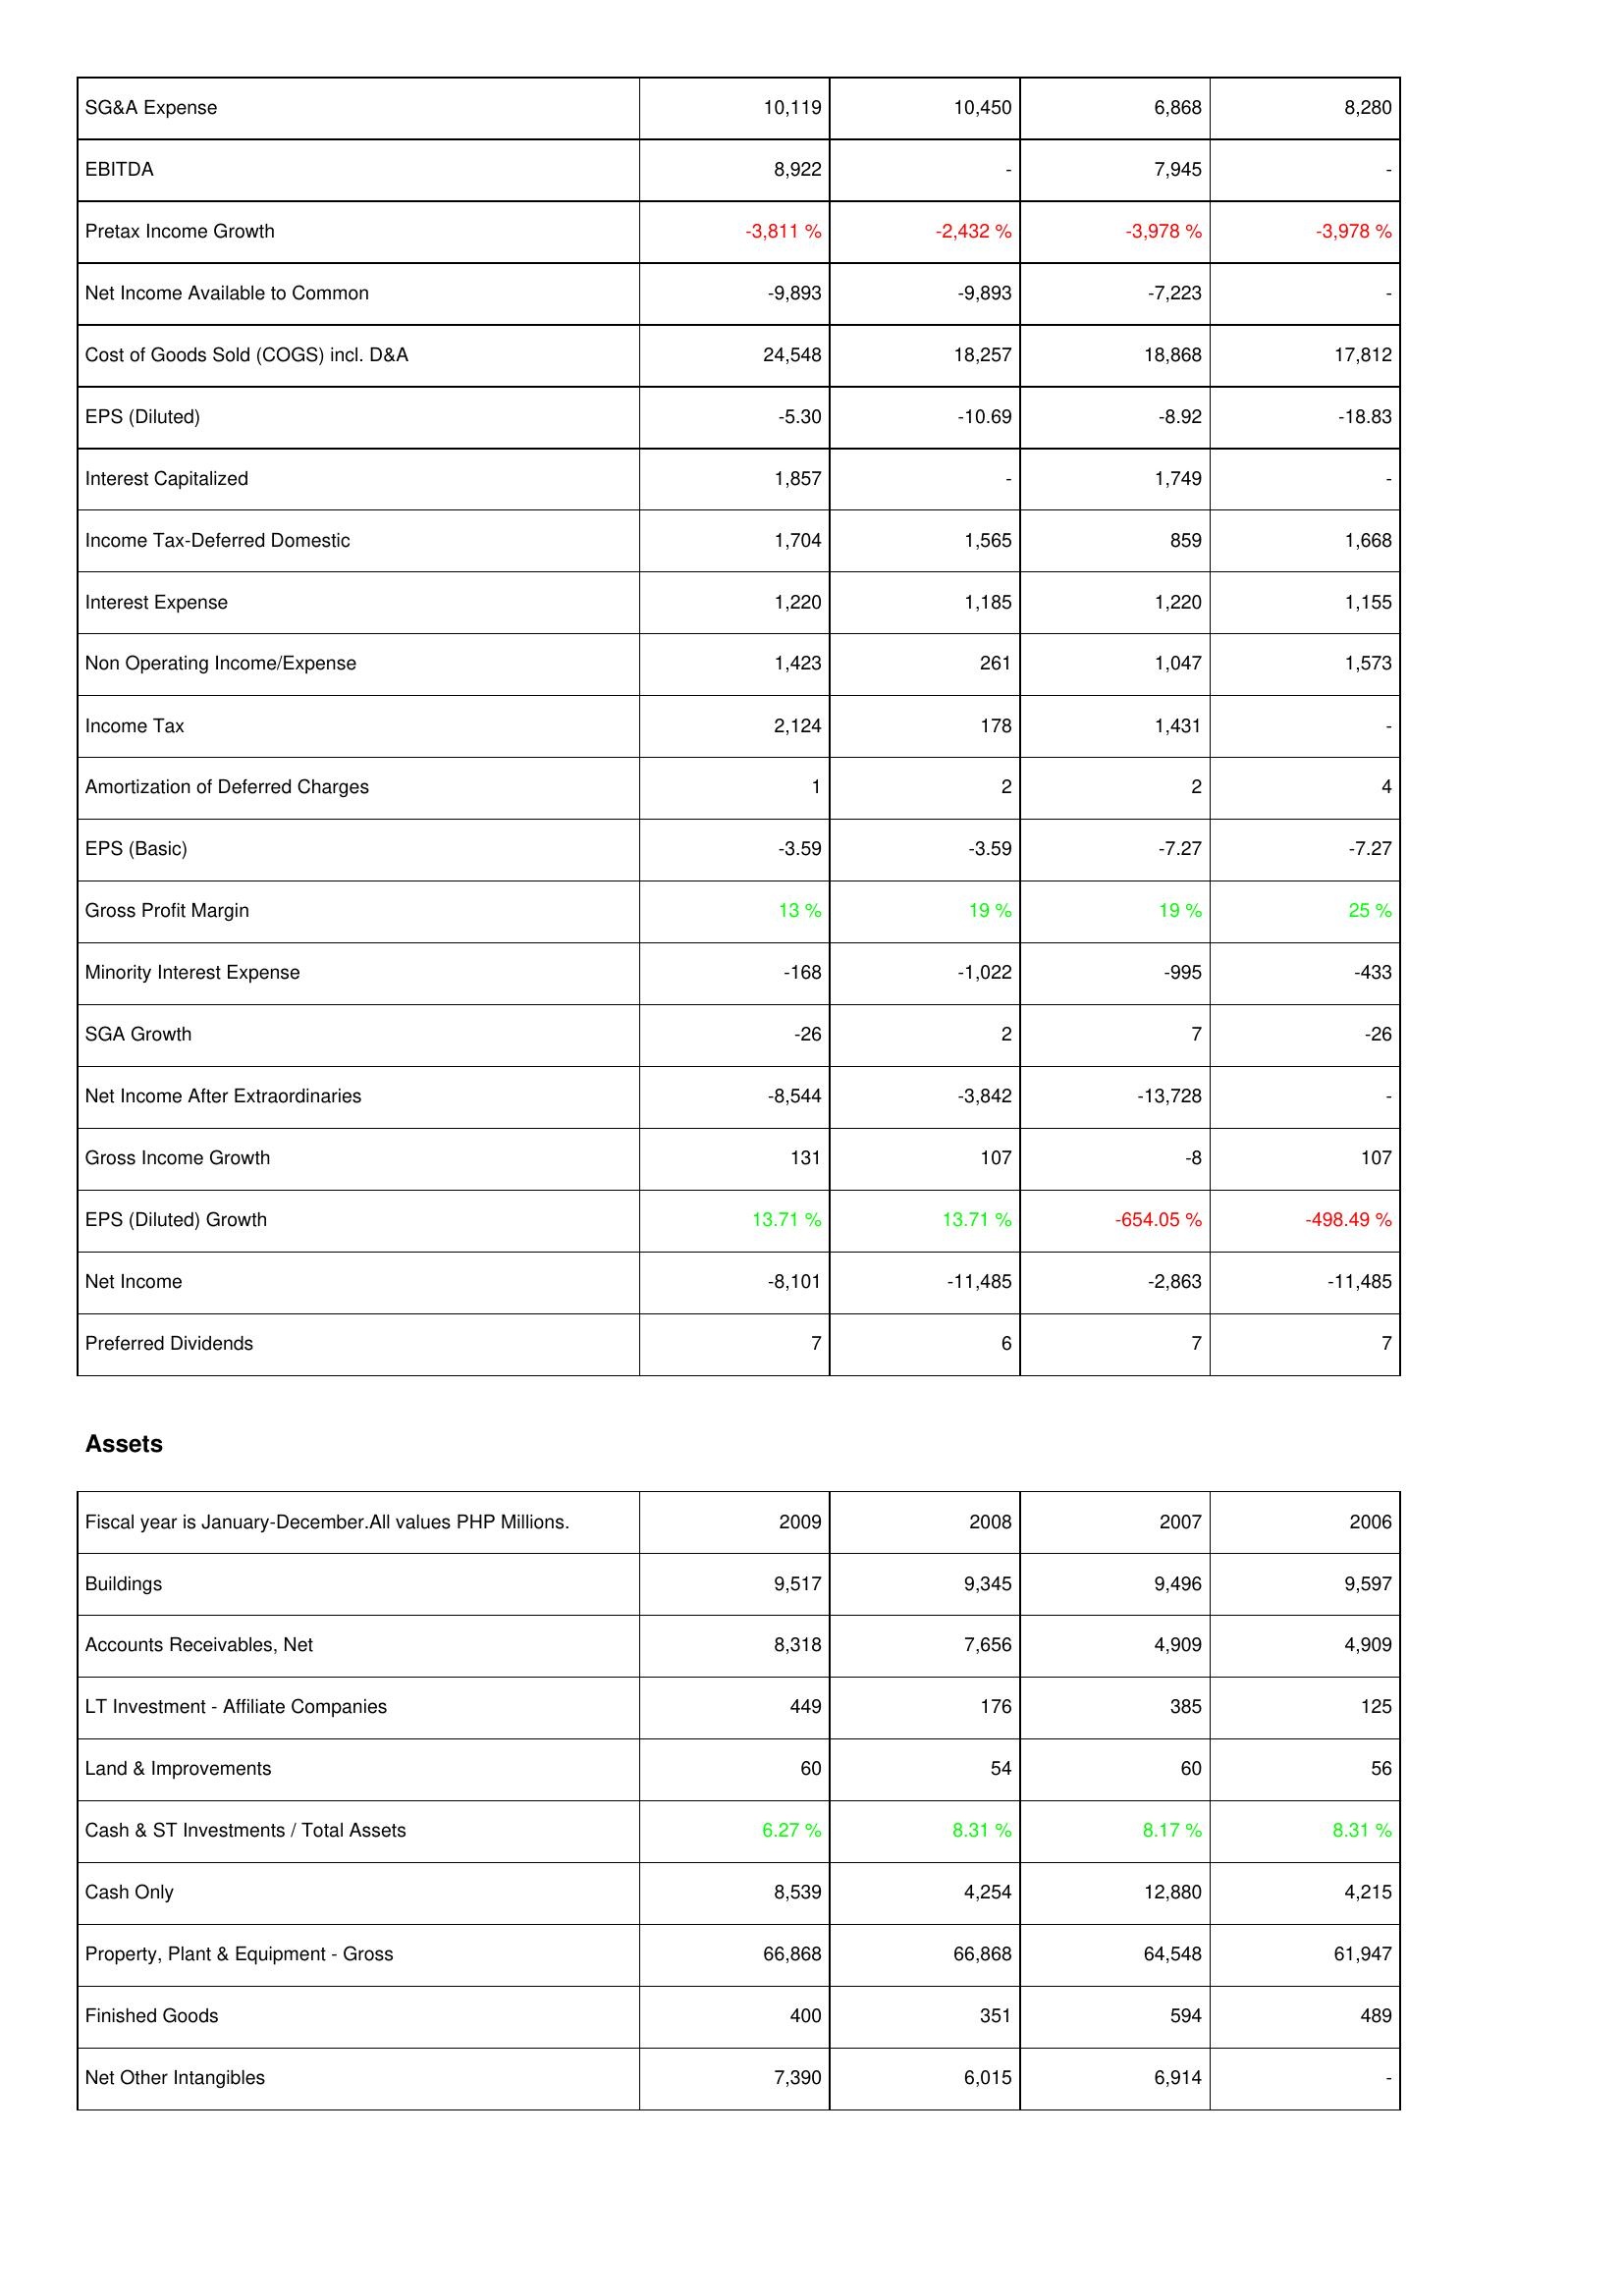
2009: Income Statement: SG&A Expense: 10,119
EBITDA: 8,922
Pretax Income Growth: -3,811 %
Net Income Available to Common: -9,893
Cost of Goods Sold (COGS) incl. D&A: 24,548
EPS (Diluted): -5.30
Interest Capitalized: 1,857
Income Tax-Deferred Domestic: 1,704
Interest Expense: 1,220
Non Operating Income/Expense: 1,423
Income Tax: 2,124
Amortization of Deferred Charges: 1
EPS (Basic): -3.59
Gross Profit Margin: 13 %
Minority Interest Expense: -168
SGA Growth: -26
Net Income After Extraordinaries: -8,544
Gross Income Growth: 131
EPS (Diluted) Growth: 13.71 %
Net Income: -8,101
Preferred Dividends: 7
Assets: Buildings: 9,517
Accounts Receivables, Net: 8,318
LT Investment - Affiliate Companies: 449
Land & Improvements: 60
Cash & ST Investments / Total Assets: 6.27 %
Cash Only: 8,539
Property, Plant & Equipment - Gross: 66,868
Finished Goods: 400
Net Other Intangibles: 7,390
2008: Income Statement: SG&A Expense: 10,450
EBITDA: -
Pretax Income Growth: -2,432 %
Net Income Available to Common: -9,893
Cost of Goods Sold (COGS) incl. D&A: 18,257
EPS (Diluted): -10.69
Interest Capitalized: -
Income Tax-Deferred Domestic: 1,565
Interest Expense: 1,185
Non Operating Income/Expense: 261
Income Tax: 178
Amortization of Deferred Charges: 2
EPS (Basic): -3.59
Gross Profit Margin: 19 %
Minority Interest Expense: -1,022
SGA Growth: 2
Net Income After Extraordinaries: -3,842
Gross Income Growth: 107
EPS (Diluted) Growth: 13.71 %
Net Income: -11,485
Preferred Dividends: 6
Assets: Buildings: 9,345
Accounts Receivables, Net: 7,656
LT Investment - Affiliate Companies: 176
Land & Improvements: 54
Cash & ST Investments / Total Assets: 8.31 %
Cash Only: 4,254
Property, Plant & Equipment - Gross: 66,868
Finished Goods: 351
Net Other Intangibles: 6,015
2007: Income Statement: SG&A Expense: 6,868
EBITDA: 7,945
Pretax Income Growth: -3,978 %
Net Income Available to Common: -7,223
Cost of Goods Sold (COGS) incl. D&A: 18,868
EPS (Diluted): -8.92
Interest Capitalized: 1,749
Income Tax-Deferred Domestic: 859
Interest Expense: 1,220
Non Operating Income/Expense: 1,047
Income Tax: 1,431
Amortization of Deferred Charges: 2
EPS (Basic): -7.27
Gross Profit Margin: 19 %
Minority Interest Expense: -995
SGA Growth: 7
Net Income After Extraordinaries: -13,728
Gross Income Growth: -8
EPS (Diluted) Growth: -654.05 %
Net Income: -2,863
Preferred Dividends: 7
Assets: Buildings: 9,496
Accounts Receivables, Net: 4,909
LT Investment - Affiliate Companies: 385
Land & Improvements: 60
Cash & ST Investments / Total Assets: 8.17 %
Cash Only: 12,880
Property, Plant & Equipment - Gross: 64,548
Finished Goods: 594
Net Other Intangibles: 6,914
2006: Income Statement: SG&A Expense: 8,280
EBITDA: -
Pretax Income Growth: -3,978 %
Net Income Available to Common: -
Cost of Goods Sold (COGS) incl. D&A: 17,812
EPS (Diluted): -18.83
Interest Capitalized: -
Income Tax-Deferred Domestic: 1,668
Interest Expense: 1,155
Non Operating Income/Expense: 1,573
Income Tax: -
Amortization of Deferred Charges: 4
EPS (Basic): -7.27
Gross Profit Margin: 25 %
Minority Interest Expense: -433
SGA Growth: -26
Net Income After Extraordinaries: -
Gross Income Growth: 107
EPS (Diluted) Growth: -498.49 %
Net Income: -11,485
Preferred Dividends: 7
Assets: Buildings: 9,597
Accounts Receivables, Net: 4,909
LT Investment - Affiliate Companies: 125
Land & Improvements: 56
Cash & ST Investments / Total Assets: 8.31 %
Cash Only: 4,215
Property, Plant & Equipment - Gross: 61,947
Finished Goods: 489
Net Other Intangibles: -